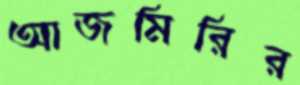
আজমিরির